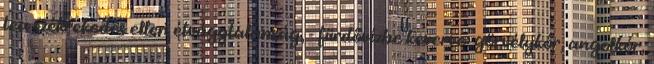
tea székrekedés ellen étvágytalanság, - fürdővízbe keverve: görvélykór, angolkór,